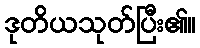
ဒုတိယသုတ်ပြီး၏။